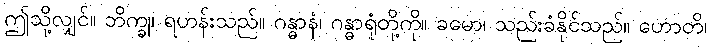
ဤသို့လျှင်။ ဘိက္ခု၊ ရဟန်းသည်။ ဂန္ဓာနံ၊ ဂန္ဓာရုံတို့ကို။ ခမော၊ သည်းခံနိုင်သည်။ ဟောတိ၊